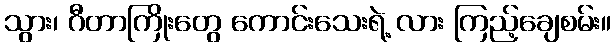
သွား၊ ဂီတာကြိုးတွေ ကောင်းသေးရဲ့ လား ကြည့်ချေစမ်း။